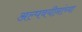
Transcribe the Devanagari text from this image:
अल्पवयीनांच्या